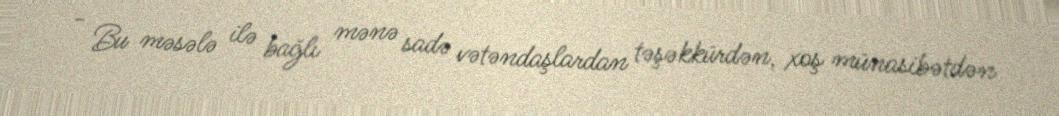
- Bu məsələ ilə bağlı mənə sadə vətəndaşlardan təşəkkürdən, xoş münasibətdən